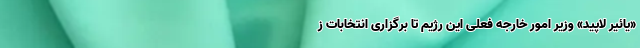
«یائیر لاپید» وزیر امور خارجه فعلی این رژیم تا برگزاری انتخابات ز